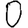
Digit: 0